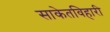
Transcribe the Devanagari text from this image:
साकेतविहारी